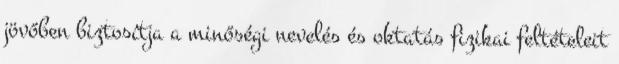
jövőben biztosítja a minőségi nevelés és oktatás fizikai feltételeit